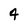
Character: 4